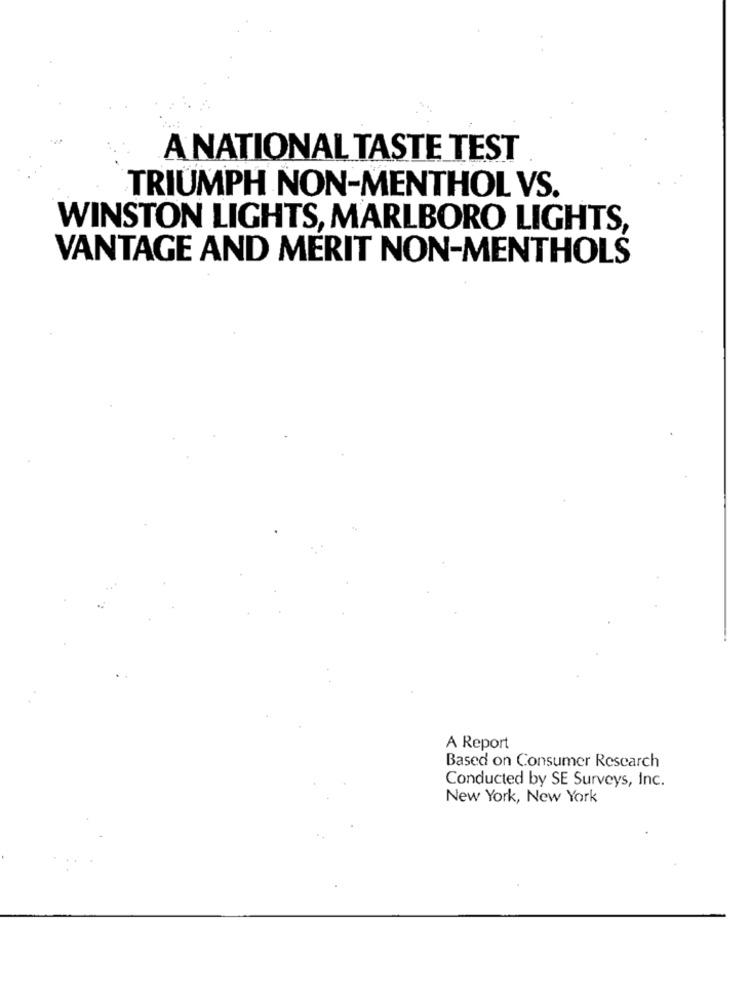
A NATIONAL TASTE TEST
TRIUMPH NON-MENTHOL VS.
WINSTON LIGHTS, MARLBORO LIGHTS,
VANTAGE AND MERIT NON-MENTHOLS
A Report
Based on Consumer Research
Conducted by SE Surveys, Inc.
New York, New York